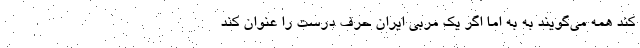
کند همه می‌گویند به به اما اگر یک مربی ایران حرف درست را عنوان کند